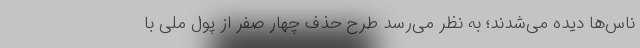
ناس‌ها دیده می‌شدند؛ به نظر می‌رسد طرح حذف چهار صفر از پول ملی با